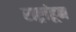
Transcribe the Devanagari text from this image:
राष्ट्रांहून